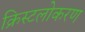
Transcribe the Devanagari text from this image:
क्रिस्टलोकरण